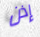
إذن